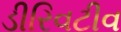
ડીરિવટીવ